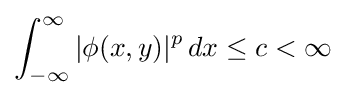
\int _{-\infty }^{\infty }|\phi (x,y)|^{p}\,dx\leq c<\infty